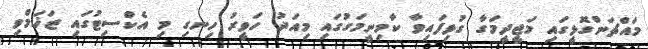
މައްޗަންގޮޅީގައި މަޖީދީމަގާ ގުޅިފައިވާ ކާމިނީމަގުގައި މިއަދު ހަވީރު ހިނގި މި އެކްސިޓުގައި ޒަޚަމްވި